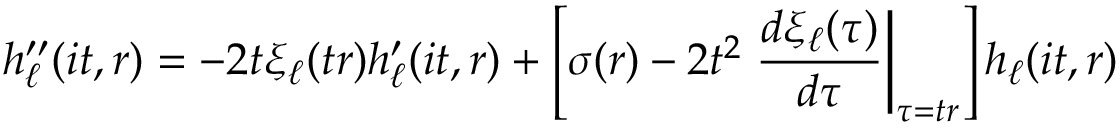
h _ { \ell } ^ { \prime \prime } ( i t , r ) = - 2 t \xi _ { \ell } ( t r ) h _ { \ell } ^ { \prime } ( i t , r ) + \left[ \sigma ( r ) - 2 t ^ { 2 } \left. \frac { d \xi _ { \ell } ( \tau ) } { d \tau } \right| _ { \tau = t r } \right] h _ { \ell } ( i t , r )